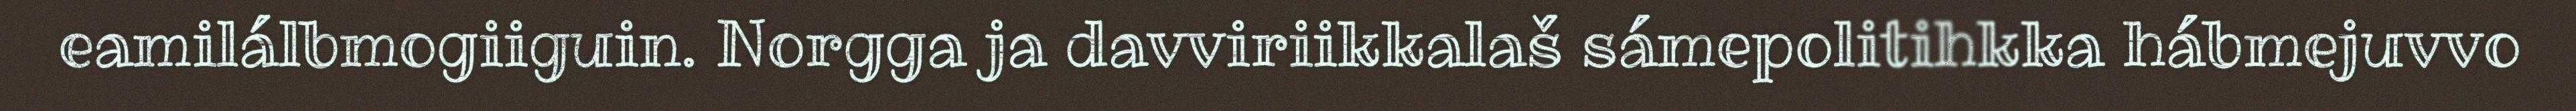
eamilálbmogiiguin. Norgga ja davviriikkalaš sámepolitihkka hábmejuvvo